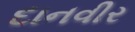
દાનવીર